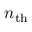
n _ { \mathrm { t h } }